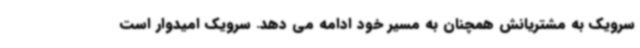
سرویک به مشتریانش همچنان به مسیر خود ادامه می دهد. سرویک امیدوار است